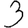
Digit: 3